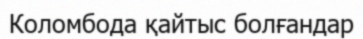
Коломбода қайтыс болғандар